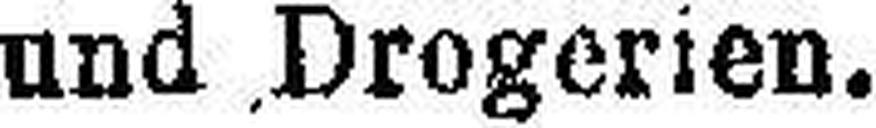
und Drogerien.